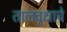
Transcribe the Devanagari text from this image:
तालवृक्षाचे